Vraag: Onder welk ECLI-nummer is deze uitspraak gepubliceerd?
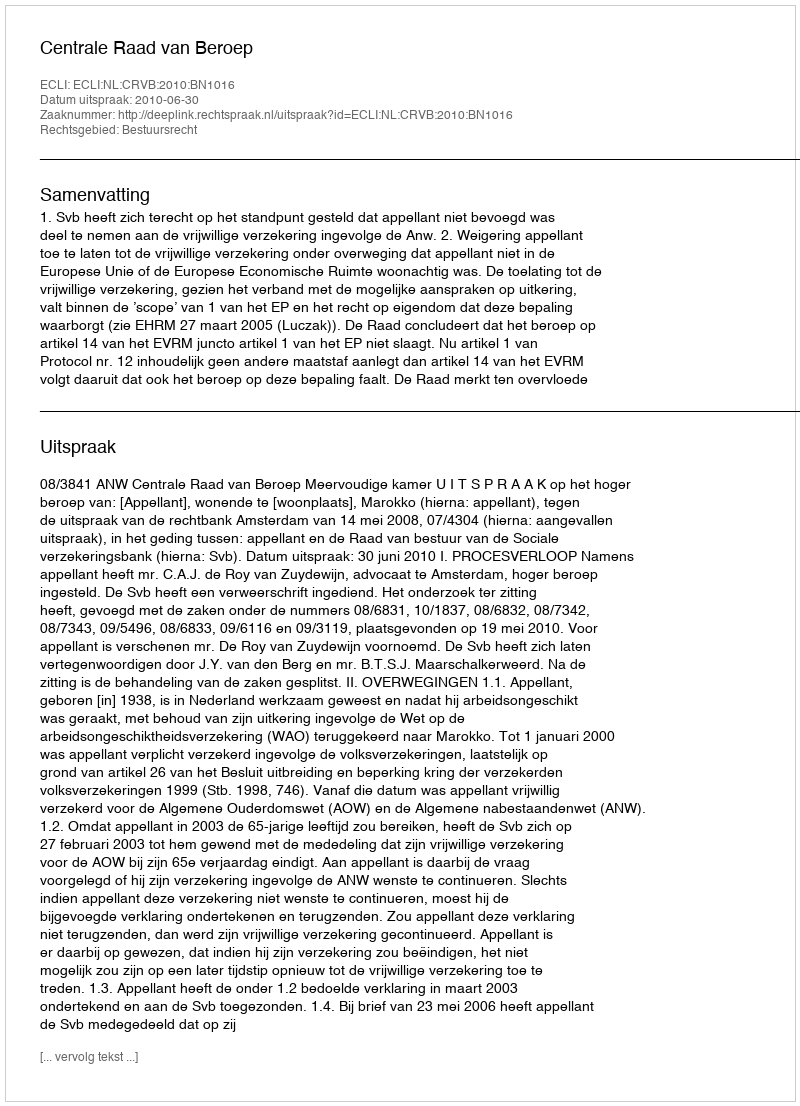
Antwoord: ECLI:NL:CRVB:2010:BN1016